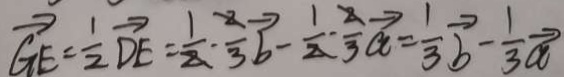
\overrightarrow { G E } = \frac { 1 } { 2 } \overrightarrow { D E } = \frac { 1 } { 2 } \cdot \frac { 2 } { 3 } \overrightarrow { b } - \frac { 1 } { 2 } \cdot \frac { 2 } { 3 } \overrightarrow { a } = \frac { 1 } { 3 } \overrightarrow { b } - \frac { 1 } { 3 } \overrightarrow { a }